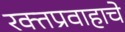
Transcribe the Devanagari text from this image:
रक्तप्रवाहाचे